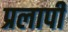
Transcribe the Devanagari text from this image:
प्रलापी